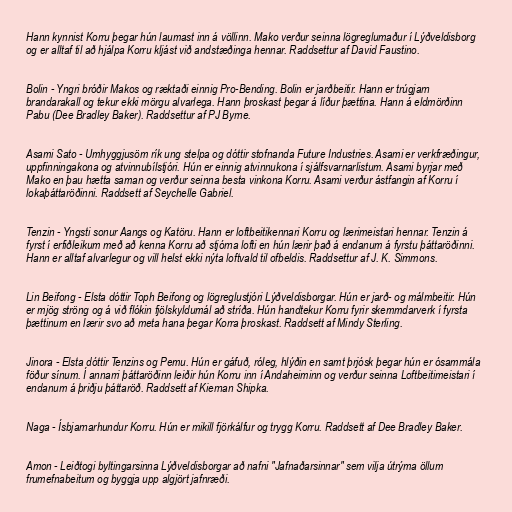
Hann kynnist Korru þegar hún laumast inn á völlinn. Mako verður seinna lögreglumaður í Lýðveldisborg
og er alltaf til að hjálpa Korru kljást við andstæðinga hennar. Raddsettur af David Faustino.

Bolin - Yngri bróðir Makos og ræktaði einnig Pro-Bending. Bolin er jarðbeitir. Hann er trúgjarn
brandarakall og tekur ekki mörgu alvarlega. Hann þroskast þegar á líður þættina. Hann á eldmörðinn
Pabu (Dee Bradley Baker). Raddsettur af PJ Byrne.

Asami Sato - Umhyggjusöm rík ung stelpa og dóttir stofnanda Future Industries. Asami er verkfræðingur,
uppfinningakona og atvinnubílstjóri. Hún er einnig atvinnukona í sjálfsvarnarlistum. Asami byrjar með
Mako en þau hætta saman og verður seinna besta vinkona Korru. Asami verður ástfangin af Korru í
lokaþáttaröðinni. Raddsett af Seychelle Gabriel.

Tenzin - Yngsti sonur Aangs og Katöru. Hann er loftbeitikennari Korru og lærimeistari hennar. Tenzin á
fyrst í erfiðleikum með að kenna Korru að stjórna lofti en hún lærir það á endanum á fyrstu þáttaröðinni.
Hann er alltaf alvarlegur og vill helst ekki nýta loftvald til ofbeldis. Raddsettur af J. K. Simmons.

Lin Beifong - Elsta dóttir Toph Beifong og lögreglustjóri Lýðveldisborgar. Hún er jarð- og málmbeitir. Hún
er mjög ströng og á við flókin fjölskyldumál að stríða. Hún handtekur Korru fyrir skemmdarverk í fyrsta
þættinum en lærir svo að meta hana þegar Korra þroskast. Raddsett af Mindy Sterling.

Jinora - Elsta dóttir Tenzins og Pemu. Hún er gáfuð, róleg, hlýðin en samt þrjósk þegar hún er ósammála
föður sínum. Í annarri þáttaröðinn leiðir hún Korru inn í Andaheiminn og verður seinna Loftbeitimeistari í
endanum á þriðju þáttaröð. Raddsett af Kiernan Shipka.

Naga - Ísbjarnarhundur Korru. Hún er mikill fjörkálfur og trygg Korru. Raddsett af Dee Bradley Baker.

Amon - Leiðtogi byltingarsinna Lýðveldisborgar að nafni "Jafnaðarsinnar" sem vilja útrýma öllum
frumefnabeitum og byggja upp algjört jafnræði.